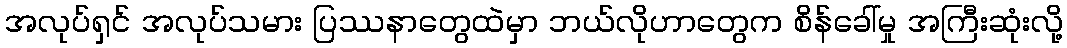
အလုပ်ရှင် အလုပ်သမား ပြဿနာတွေထဲမှာ ဘယ်လိုဟာတွေက စိန်ခေါ်မှု အကြီးဆုံးလို့